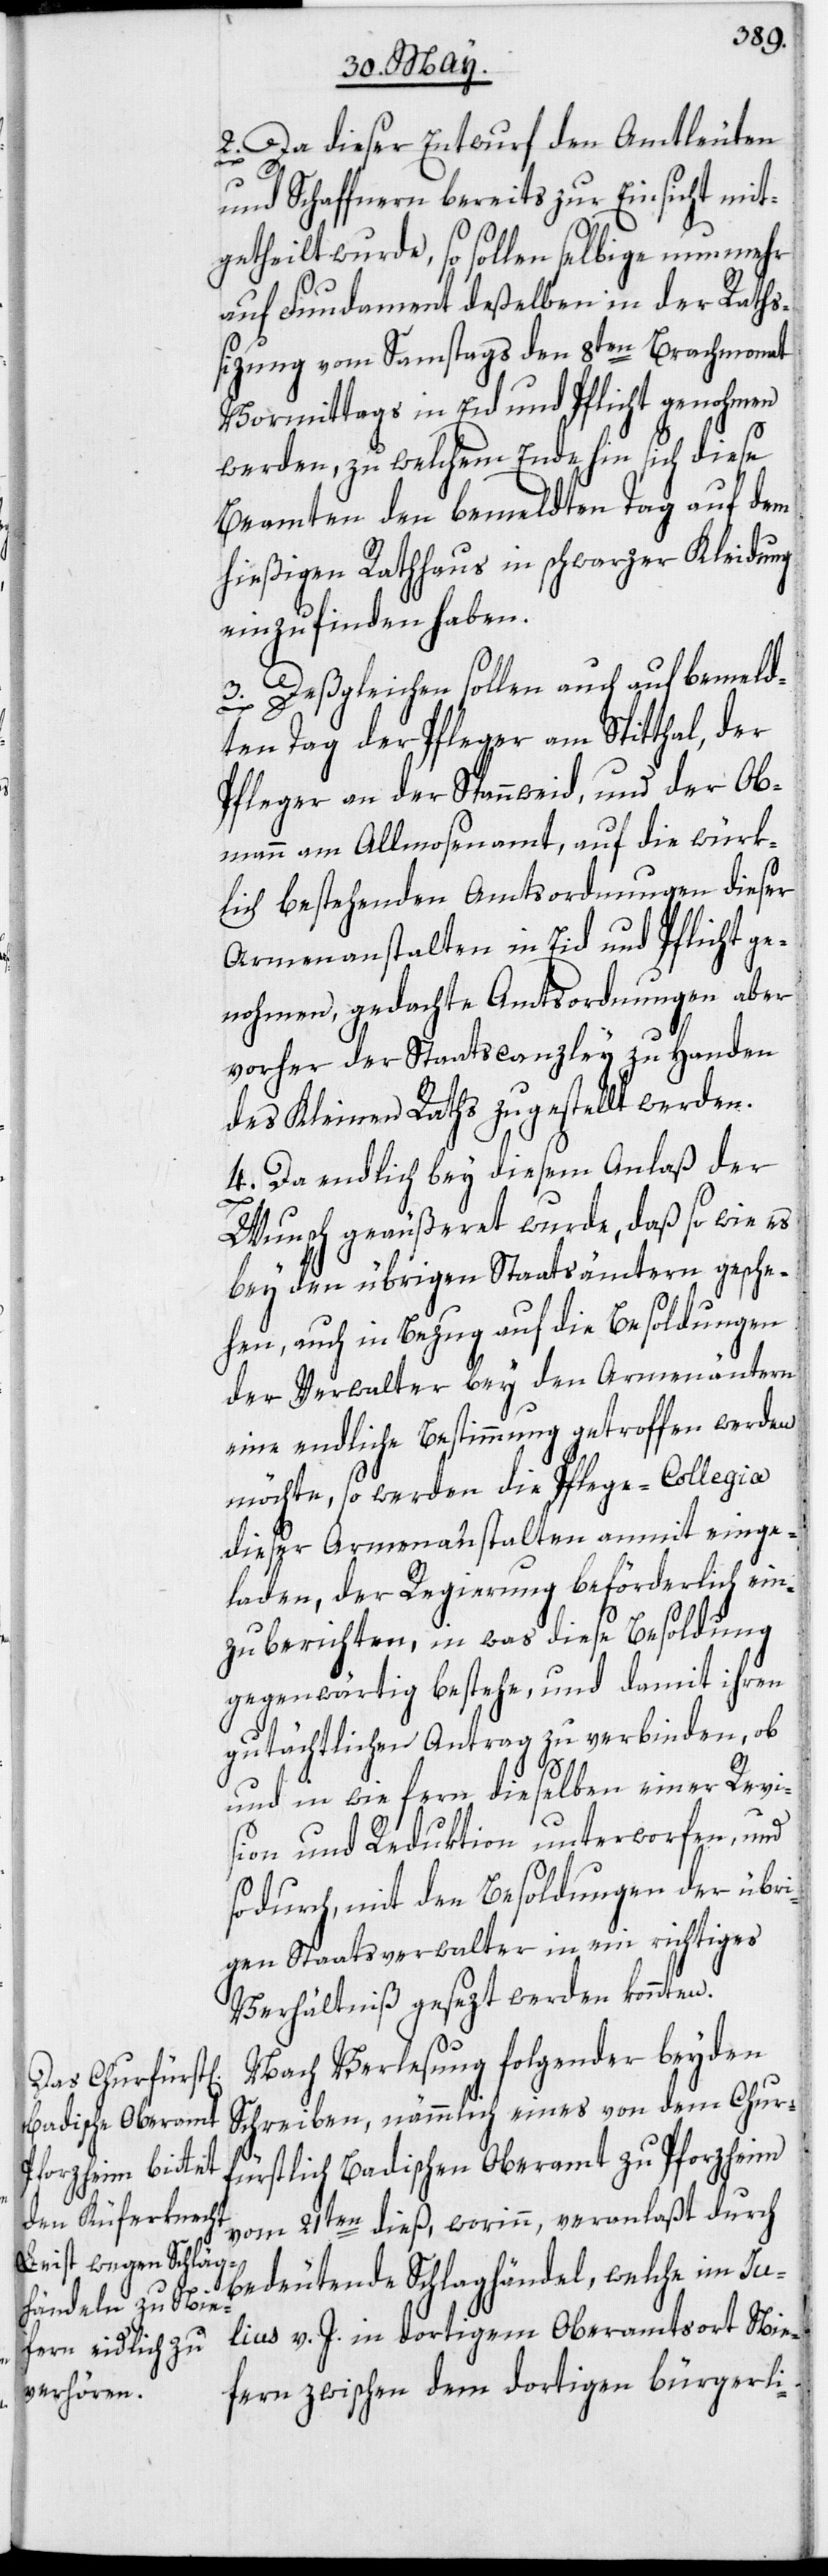
2. Da dieser Entwurf den Amtleuten
und Schaffnern bereits zur Einsicht mit¬
getheilt wurde, so sollen selbige nunmehr
auf Fundament deßelben in der Raths¬
sizung vom Samstags den 8ten Brachmonat
Vormittags in Eid und Pflicht genohmen
werden, zu welchem Ende hin sich diese
Beamten den bemeldten Tag auf dem
hießigen Rathhaus in schwarzer Kleidung
einzufinden haben.
3. Deßgleichen sollen auch auf bemeld¬
ten Tag der Pfleger am Spitthal, der
Pfleger an der Spannweid, und der Ob¬
mann am Allmosenamt, auf die würk¬
lich bestehenden Amtsordnungen dieser
Armenanstalten in Eid und Pflicht ge¬
nohmen, gedachte Amtsordnungen aber
vorher der Staatscanzley zu Handen
des Kleinen Raths zugestellt werden.
4. Da endlich bey diesem Anlaß der
Wunsch geäußeret wurde, daß so wie es
bey den übrigen Staatsämtern gesche¬
hen, auch in Bezug auf die Besoldungen
der Verwalter bey den Armenämtern
eine endliche Bestimmung getroffen werden
möchte, so werden die Pflege-Collegia
dieser Armenanstalten anmit einge¬
laden, der Regierung beförderlich ein¬
zuberichten, in was diese Besoldung
gegenwärtig bestehe, und damit ihren
gutächtlichen Antrag zu verbinden, ob
und in wie fern dieselben einer Revis¬
ion und Reduktion unterworfen, und
sodurch, mit den Besoldungen der übri¬
gen Staatsverwalter in ein richtiges
Verhältniß gesezt werden konnten.
Nach Verlesung folgender beyden
Schreiben, nämmlich eines von dem Chur¬
fürstlich Badischen Oberamt zu Pforzheim
vom 21ten dieß, worinn, veranlaßt durch
bedeutende Schlaghändel, welche im Ju¬
lius v. J. in dortigem Oberamtsort Nie¬
fern zwischen dem dortigen bürgerli-